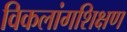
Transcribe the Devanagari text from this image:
विकलांगशिक्षण